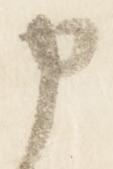
申